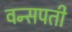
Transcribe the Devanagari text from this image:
वन्सपती